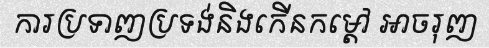
ការប្រទាញប្រទង់និងកើនកម្តៅ អាចរុញ